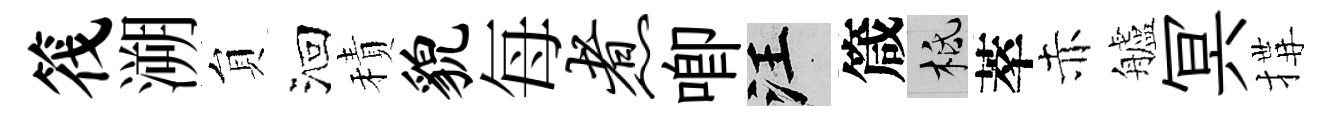
筏溯貟洄積貌每煮唧汪箴柢萃赤艫冥搆